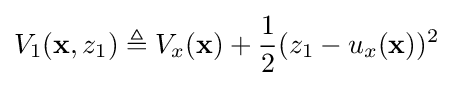
V_{1}(\mathbf {x} ,z_{1})\triangleq V_{x}(\mathbf {x} )+{\frac {1}{2}}(z_{1}-u_{x}(\mathbf {x} ))^{2}